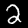
Digit: 2